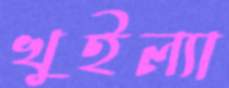
খুইল্যা